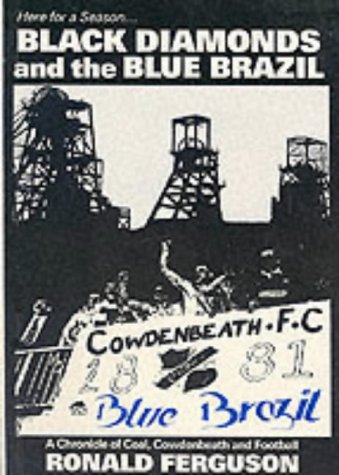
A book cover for Black Diamonds and the Blue Brazil; Ron Ferguson; Travel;